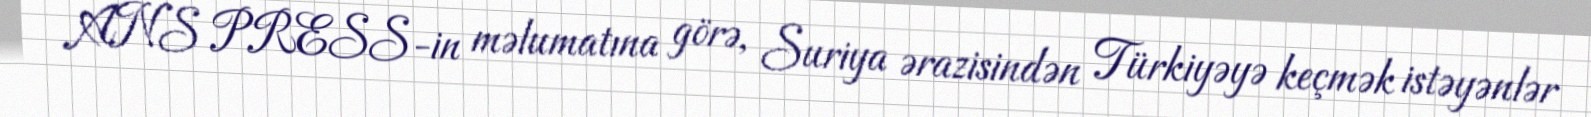
ANS PRESS-in məlumatına görə, Suriya ərazisindən Türkiyəyə keçmək istəyənlər